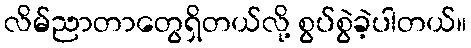
လိမ်ညာတာတွေရှိတယ်လို့ စွပ်စွဲခဲ့ပါတယ်။